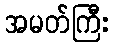
အမတ်ကြီး